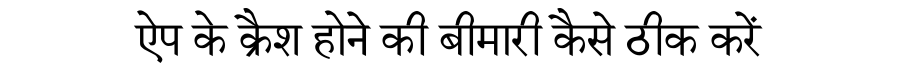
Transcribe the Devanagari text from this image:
ऐप के क्रैश होने की बीमारी कैसे ठीक करें